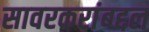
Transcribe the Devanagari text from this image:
सावरकरांबद्दल